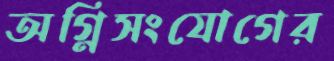
অগ্নিসংযোগের